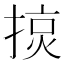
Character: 𢰍